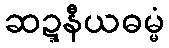
ဆဍ္ဍနီယဓမ္မံ